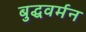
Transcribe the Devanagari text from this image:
बुद्धवर्मन